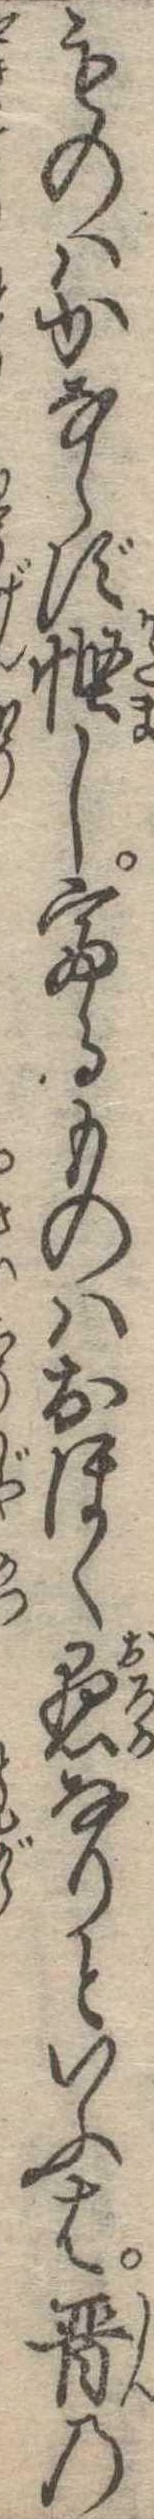
ものはかならず慳し富るものはおほく愚なりといふは晋の